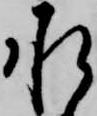
承